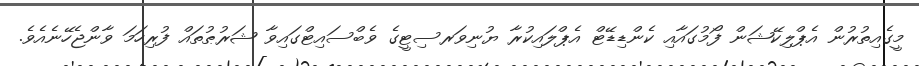
މީގެއިތުރުން އެޕްލިކޭޝަން ފޯމުގައާއި ކެންޑިޑޭޓް އެޕްލައިކުރާ ޔުނިވަރސިޓީގެ ވެބްސައިޓްގައިވާ ޝަރުޠުތައް ފުރިހަމަ ވާންޖެހޭނެއެވެ.